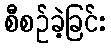
စီစဉ်ခဲ့ခြင်း